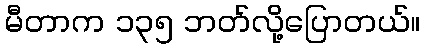
မီတာက ၁၃၅ ဘတ်လို့ပြောတယ်။